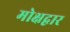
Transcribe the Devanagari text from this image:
मोक्षद्वार